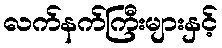
လက်နက်ကြီးများနှင့်